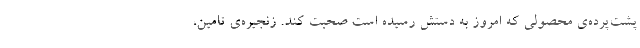
پشت‌پرده‌ی محصولی که امروز به دستش رسیده است صحبت کند. زنجیره‌ی تامین،